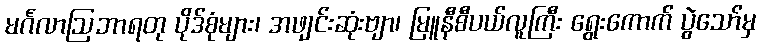
မင်္ဂလာဩဘာရတု ပိုဒ်စုံများ၊ အဖျင်းဆုံးဗျာ၊ မြူနီစီပယ်လူကြီး ရွေးကောက် ပွဲသော်မှ